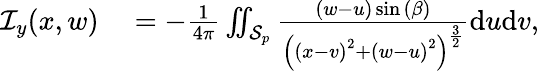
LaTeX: \begin{array}{rl}{\mathcal{I}_{y}(x,w)}&{{}=-\frac{1}{4\pi}\iint_{\mathcal{S}_{p}}\frac{(w-u)\sin{(\beta)}}{\left(\left(x-v\right)^{2}+\left(w-u\right)^{2}\right)^{\frac{3}{2}}}\mathrm{d}u\mathrm{d}v,}\end{array}